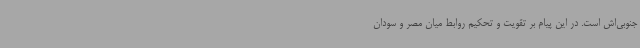
جنوبی‌اش است. در این پیام بر تقویت و تحکیم روابط میان مصر و سودان